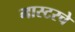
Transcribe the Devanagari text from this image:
मास्टरचे